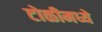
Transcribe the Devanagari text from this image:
टोळीमध्ये